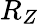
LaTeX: R_{Z}